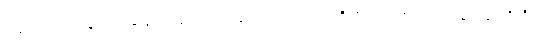
သစ်သားလုပ်ငန်းတွင် ဆန့်ကျင်သောအားဖြင့် အောက်ဘက်ဆီသို့ တရားရုံးထဲက ဂုန်လျှော်တို့ကို